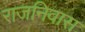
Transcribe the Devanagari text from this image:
राजनिवास